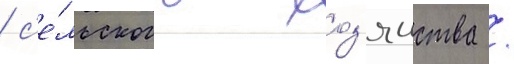
/ с'е́льского хоз'яиства /